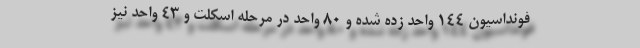
فونداسیون ۱۴۴ واحد زده شده و ۸۰ واحد در مرحله اسکلت و ۴۳ واحد نیز